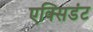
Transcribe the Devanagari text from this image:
एक्सिडंट